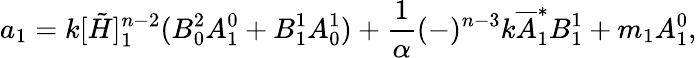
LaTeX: a_{1}=k[\tilde{H}]_{1}^{n-2}(B_{0}^{2}A_{1}^{0}+B_{1}^{1}A_{0}^{1})+\frac{1}{\alpha}(-)^{n-3}k{\overline{{A}}}_{1}^{*}B_{1}^{1}+m_{1}A_{1}^{0},